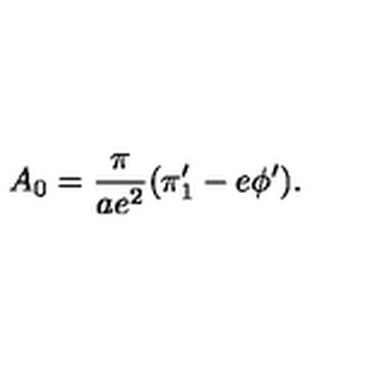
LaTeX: A _ { 0 } = { \frac { \pi } { a e ^ { 2 } } } ( \pi _ { 1 } ^ { \prime } - e \phi ^ { \prime } ) .